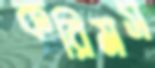
করিমস